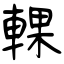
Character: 輠